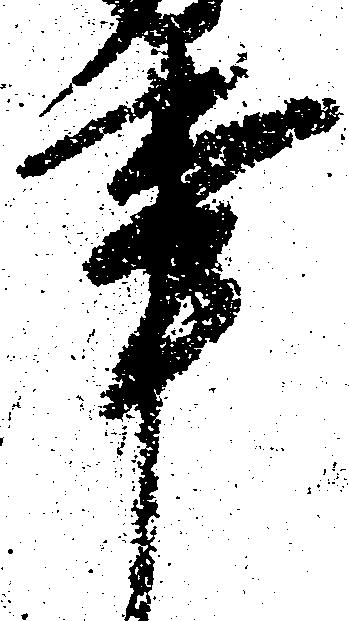
事